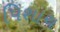
પિશાચ